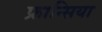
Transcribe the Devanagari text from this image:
फ्रान्सिया